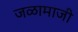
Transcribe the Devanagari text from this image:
जळामाजी